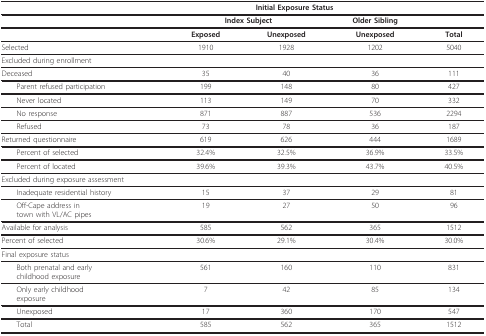
<table><thead><tr><td></td><td colspan="3"><b>Initial Exposure Status</b></td><td></td></tr></thead><tbody><tr><td></td><td colspan="2"><b>Index Subject</b></td><td><b>Older Sibling</b></td><td></td></tr><tr><td></td><td><b>Exposed</b></td><td><b>Unexposed</b></td><td><b>Unexposed</b></td><td><b>Total</b></td></tr><tr><td>Selected</td><td>1910</td><td>1928</td><td>1202</td><td>5040</td></tr><tr><td>Excluded during enrollment</td><td></td><td></td><td></td><td></td></tr><tr><td>Deceased</td><td>35</td><td>40</td><td>36</td><td>111</td></tr><tr><td> Parent refused participation</td><td>199</td><td>148</td><td>80</td><td>427</td></tr><tr><td> Never located</td><td>113</td><td>149</td><td>70</td><td>332</td></tr><tr><td> No response</td><td>871</td><td>887</td><td>536</td><td>2294</td></tr><tr><td> Refused</td><td>73</td><td>78</td><td>36</td><td>187</td></tr><tr><td>Returned questionnaire</td><td>619</td><td>626</td><td>444</td><td>1689</td></tr><tr><td> Percent of selected</td><td>32.4%</td><td>32.5%</td><td>36.9%</td><td>33.5%</td></tr><tr><td> Percent of located</td><td>39.6%</td><td>39.3%</td><td>43.7%</td><td>40.5%</td></tr><tr><td>Excluded during exposure assessment</td><td></td><td></td><td></td><td></td></tr><tr><td> Inadequate residential history</td><td>15</td><td>37</td><td>29</td><td>81</td></tr><tr><td> Off-Cape address intown with VL/AC pipes</td><td>19</td><td>27</td><td>50</td><td>96</td></tr><tr><td>Available for analysis</td><td>585</td><td>562</td><td>365</td><td>1512</td></tr><tr><td>Percent of selected</td><td>30.6%</td><td>29.1%</td><td>30.4%</td><td>30.0%</td></tr><tr><td>Final exposure status</td><td></td><td></td><td></td><td></td></tr><tr><td> Both prenatal and earlychildhood exposure</td><td>561</td><td>160</td><td>110</td><td>831</td></tr><tr><td> Only early childhoodexposure</td><td>7</td><td>42</td><td>85</td><td>134</td></tr><tr><td> Unexposed</td><td>17</td><td>360</td><td>170</td><td>547</td></tr><tr><td> Total</td><td>585</td><td>562</td><td>365</td><td>1512</td></tr></tbody></table>